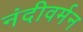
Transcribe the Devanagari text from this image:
नंदीवर्मन